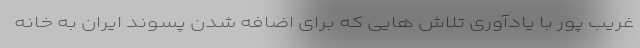
غریب پور با یادآوری تلاش هایی که برای اضافه شدن پسوند ایران به خانه